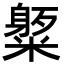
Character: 𥼒